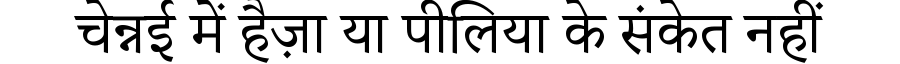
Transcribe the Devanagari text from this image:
चेन्नई में हैज़ा या पीलिया के संकेत नहीं